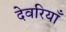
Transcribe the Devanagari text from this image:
देवरियाँ